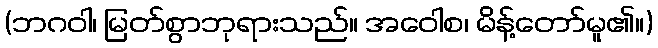
(ဘဂဝါ၊ မြတ်စွာဘုရားသည်။ အဝေါစ၊ မိန့်တော်မူ၏။)